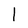
Character: 1